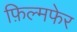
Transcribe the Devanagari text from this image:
फ़िल्मफेर